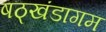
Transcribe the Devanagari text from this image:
षठ्खंडागम